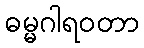
ဓမ္မဂါရဝတာ